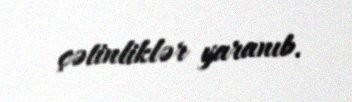
çətinliklər yaranıb.